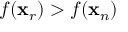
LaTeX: f ( \mathbf { x } _ { r } ) > f ( \mathbf { x } _ { n } )